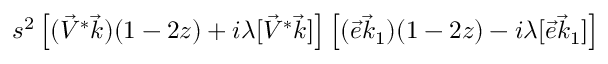
s ^ { 2 } \left[ ( \vec { V } ^ { * } \vec { k } ) ( 1 - 2 z ) + i \lambda [ \vec { V } ^ { * } \vec { k } ] \right] \left[ ( \vec { e } \vec { k } _ { 1 } ) ( 1 - 2 z ) - i \lambda [ \vec { e } \vec { k } _ { 1 } ] \right]